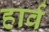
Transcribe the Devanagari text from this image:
हार्व